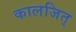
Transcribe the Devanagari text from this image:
कालजित्‌